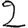
Digit: 2